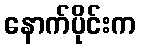
နောက်ပိုင်းက